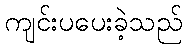
ကျင်းပပေးခဲ့သည်